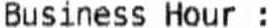
BUSINESS HOUR :